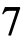
7